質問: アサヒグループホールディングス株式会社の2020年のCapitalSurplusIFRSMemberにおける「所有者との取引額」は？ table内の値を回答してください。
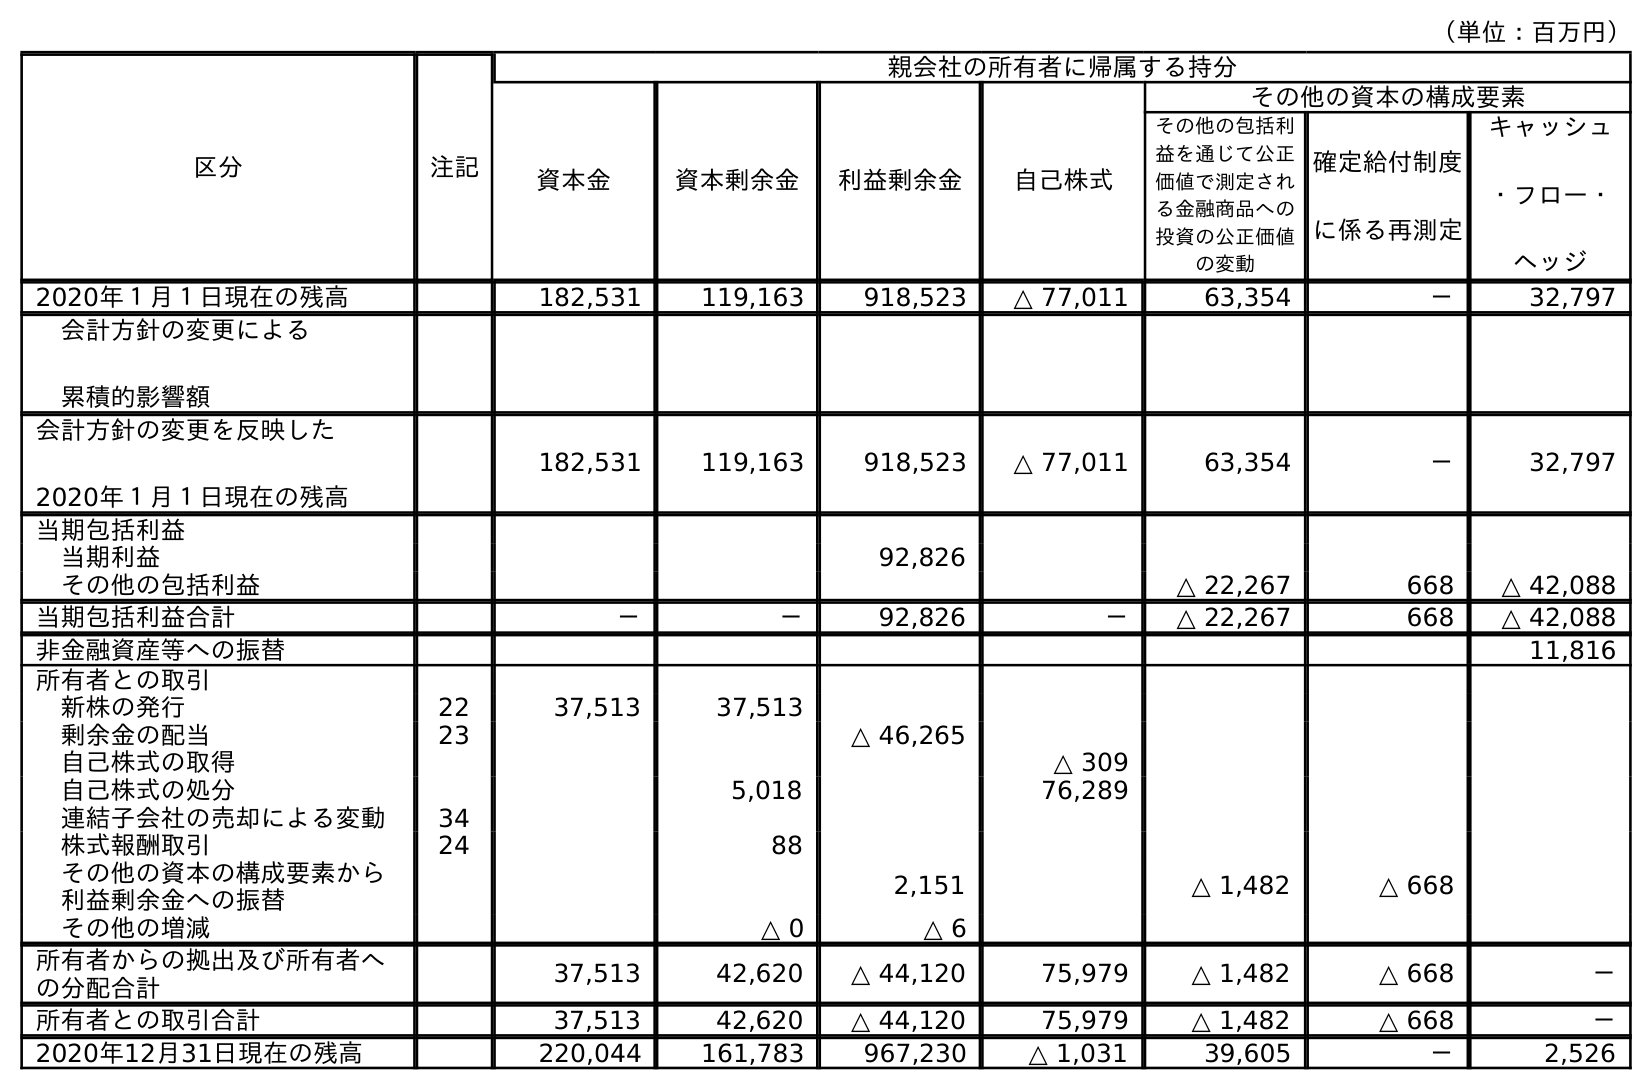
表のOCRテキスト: （単位：百万円） 区分 注記 親会社の所有者に帰属する持分 資本金 資本剰余金 利益剰余金 自己株式 その他の資本の構成要素 その他の包括利 益を通じて公正 価値で測定され る金融商品への 投資の公正価値 の変動 確定給付制度 に係る再測定 キャッシュ ・フロー・ ヘッジ 2020年１月１日現在の残高 182,531 119,163 918,523 △ 77,011 63,354 － 32,797 会計方針の変更による 累積的影響額 会計方針の変更を反映した 2020年１月１日現在の残高 182,531 119,163 918,523 △ 77,011 63,354 － 32,797 当期包括利益 当期利益 92,826 その他の包括利益 △ 22,267 668 △ 42,088 当期包括利益合計 － － 92,826 － △ 22,267 668 △ 42,088 非金融資産等への振替 11,816 所有者との取引 新株の発行 22 37,513 37,513 剰余金の配当 23 △ 46,265 自己株式の取得 △ 309 自己株式の処分 5,018 76,289 連結子会社の売却による変動 34 株式報酬取引 24 88 その他の資本の構成要素から 利益剰余金への振替 2,151 △ 1,482 △ 668 その他の増減 △ 0 △ 6 所有者からの拠出及び所有者へ の分配合計 37,513 42,620 △ 44,120 75,979 △ 1,482 △ 668 － 所有者との取引合計 37,513 42,620 △ 44,120 75,979 △ 1,482 △ 668 － 2020年12月31日現在の残高 220,044 161,783 967,230 △ 1,031 39,605 － 2,526
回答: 42,620